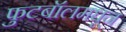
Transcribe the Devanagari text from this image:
फुटबॉलमधून